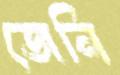
জেনি